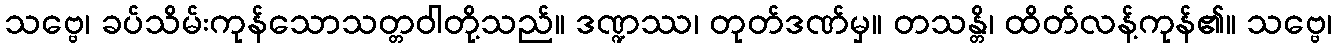
သဗ္ဗေ၊ ခပ်သိမ်းကုန်သောသတ္တဝါတို့သည်။ ဒဏ္ဍဿ၊ တုတ်ဒဏ်မှ။ တသန္တိ၊ ထိတ်လန့်ကုန်၏။ သဗ္ဗေ၊